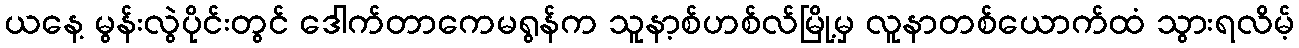
ယနေ့ မွန်းလွဲပိုင်းတွင် ဒေါက်တာကေမရွန်က သူနာ့စ်ဟစ်လ်မြို့မှ လူနာတစ်ယောက်ထံ သွားရလိမ့်